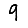
Digit: 9